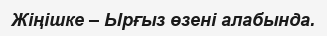
Жіңішке – Ырғыз өзені алабында.